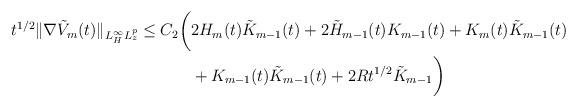
LaTeX: \begin{align*}t^{1/2}\lVert \nabla \tilde{V}_m(t)\rVert_{L^\infty_H L^p_z}\le C_2\biggl(&2 H_m(t) \tilde{K}_{m-1}(t)+2 \tilde{H}_{m-1}(t) K_{m-1}(t)+K_m(t)\tilde{K}_{m-1}(t)\\&+K_{m-1}(t)\tilde{K}_{m-1}(t)+2 R t^{1/2} \tilde{K}_{m-1}\biggr)\end{align*}